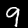
Label: 9